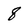
Character: 8